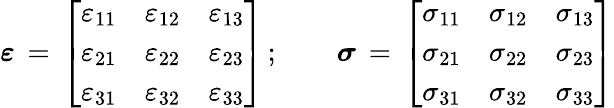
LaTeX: {\boldsymbol{\varepsilon}}\, =\, {\left[\begin{array}{lll}{\varepsilon_{11}}&{\varepsilon_{12}}&{\varepsilon_{13}}\\ {\varepsilon_{21}}&{\varepsilon_{22}}&{\varepsilon_{23}}\\ {\varepsilon_{31}}&{\varepsilon_{32}}&{\varepsilon_{33}}\end{array}\right]}\, ;\qquad{\boldsymbol{\sigma}}\, =\, {\left[\begin{array}{lll}{\sigma_{11}}&{\sigma_{12}}&{\sigma_{13}}\\ {\sigma_{21}}&{\sigma_{22}}&{\sigma_{23}}\\ {\sigma_{31}}&{\sigma_{32}}&{\sigma_{33}}\end{array}\right]}